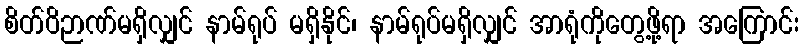
စိတ်ဝိဉာဏ်မရှိလျှင် နာမ်ရုပ် မရှိနိုင်၊ နာမ်ရုပ်မရှိလျှင် အာရုံကိုတွေ့ဖို့ရာ အကြောင်း